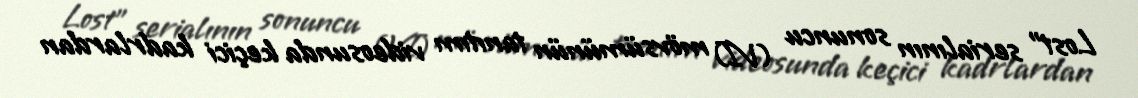
Lost" serialının sonuncu (VI) mövsümünün tanıtım videosunda keçici kadrlardan